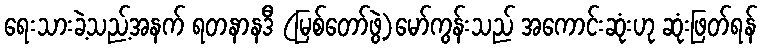
ရေးသားခဲ့သည့်အနက် ရတနာနဒီ (မြစ်တော်ဖွဲ့)မော်ကွန်းသည် အကောင်းဆုံးဟု ဆုံးဖြတ်ရန်